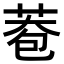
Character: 𦰮